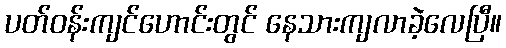
ပတ်ဝန်းကျင်ဟောင်းတွင် နေသားကျလာခဲ့လေပြီ။